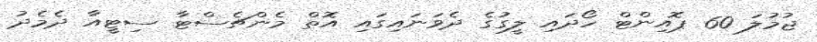
ޖުމުލަ 60 ޕޮއިންޓް ހޯދައި ލީގުގެ ދެވަނައިގައި އޮތް މެންޗެސްޓާ ސިޓީއާ ދެމެދު